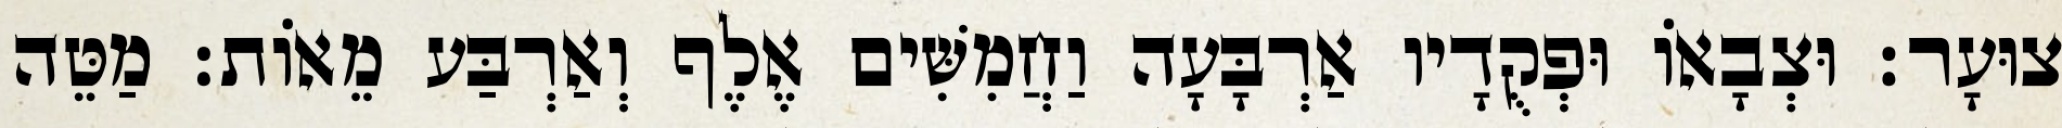
צוּעָר׃ וּצְבָאוֹ וּפְקֻדָיו אַרְבָּעָה וַחֲמִשִּׁים אֶלֶף וְאַרְבַּע מֵאוֹת׃ מַטֵּה